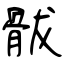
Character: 䯋